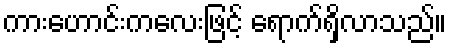
ကားဟောင်းကလေးဖြင့် ရောက်ရှိလာသည်။